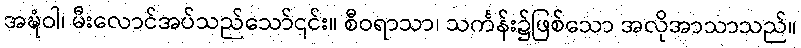
အဍ္ဎံဝါ၊ မီးလောင်အပ်သည်သော်၎င်း။ စီဝရာသာ၊ သင်္ကန်း၌ဖြစ်သော အလိုအာသာသည်။